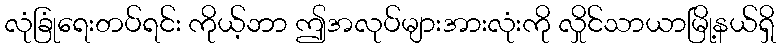
လုံခြုံရေးတပ်ရင်း ကိုယ့်ဘာ ဤအလုပ်များအားလုံးကို လှိုင်သာယာမြို့နယ်ရှိ